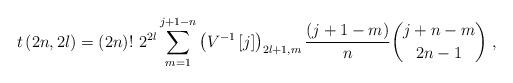
LaTeX: \begin{align*}t\left( 2n,2l\right) =\left( 2n\right) !~2^{2l}\sum_{m=1}^{j+1-n}\left(V^{-1}\left[ j\right] \right) _{2l+1,m}\frac{\left( j+1-m\right) }{n}\binom{j+n-m}{2n-1}\ ,\end{align*}